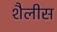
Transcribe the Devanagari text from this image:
शैलीस